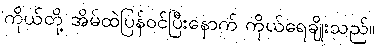
ကိုယ်တို့ အိမ်ထဲပြန်ဝင်ပြီးနောက် ကိုယ်ရေချိုးသည်။